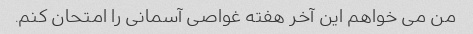
من می خواهم این آخر هفته غواصی آسمانی را امتحان کنم.